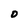
Character: 0